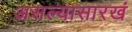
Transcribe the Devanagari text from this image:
असल्यासारखं